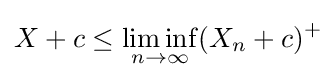
X+c\leq \liminf _{n\to \infty }(X_{n}+c)^{+}